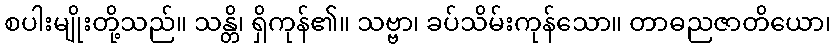
စပါးမျိုးတို့သည်။ သန္တိ၊ ရှိကုန်၏။ သဗ္ဗာ၊ ခပ်သိမ်းကုန်သော။ တာဓညဇာတိယော၊